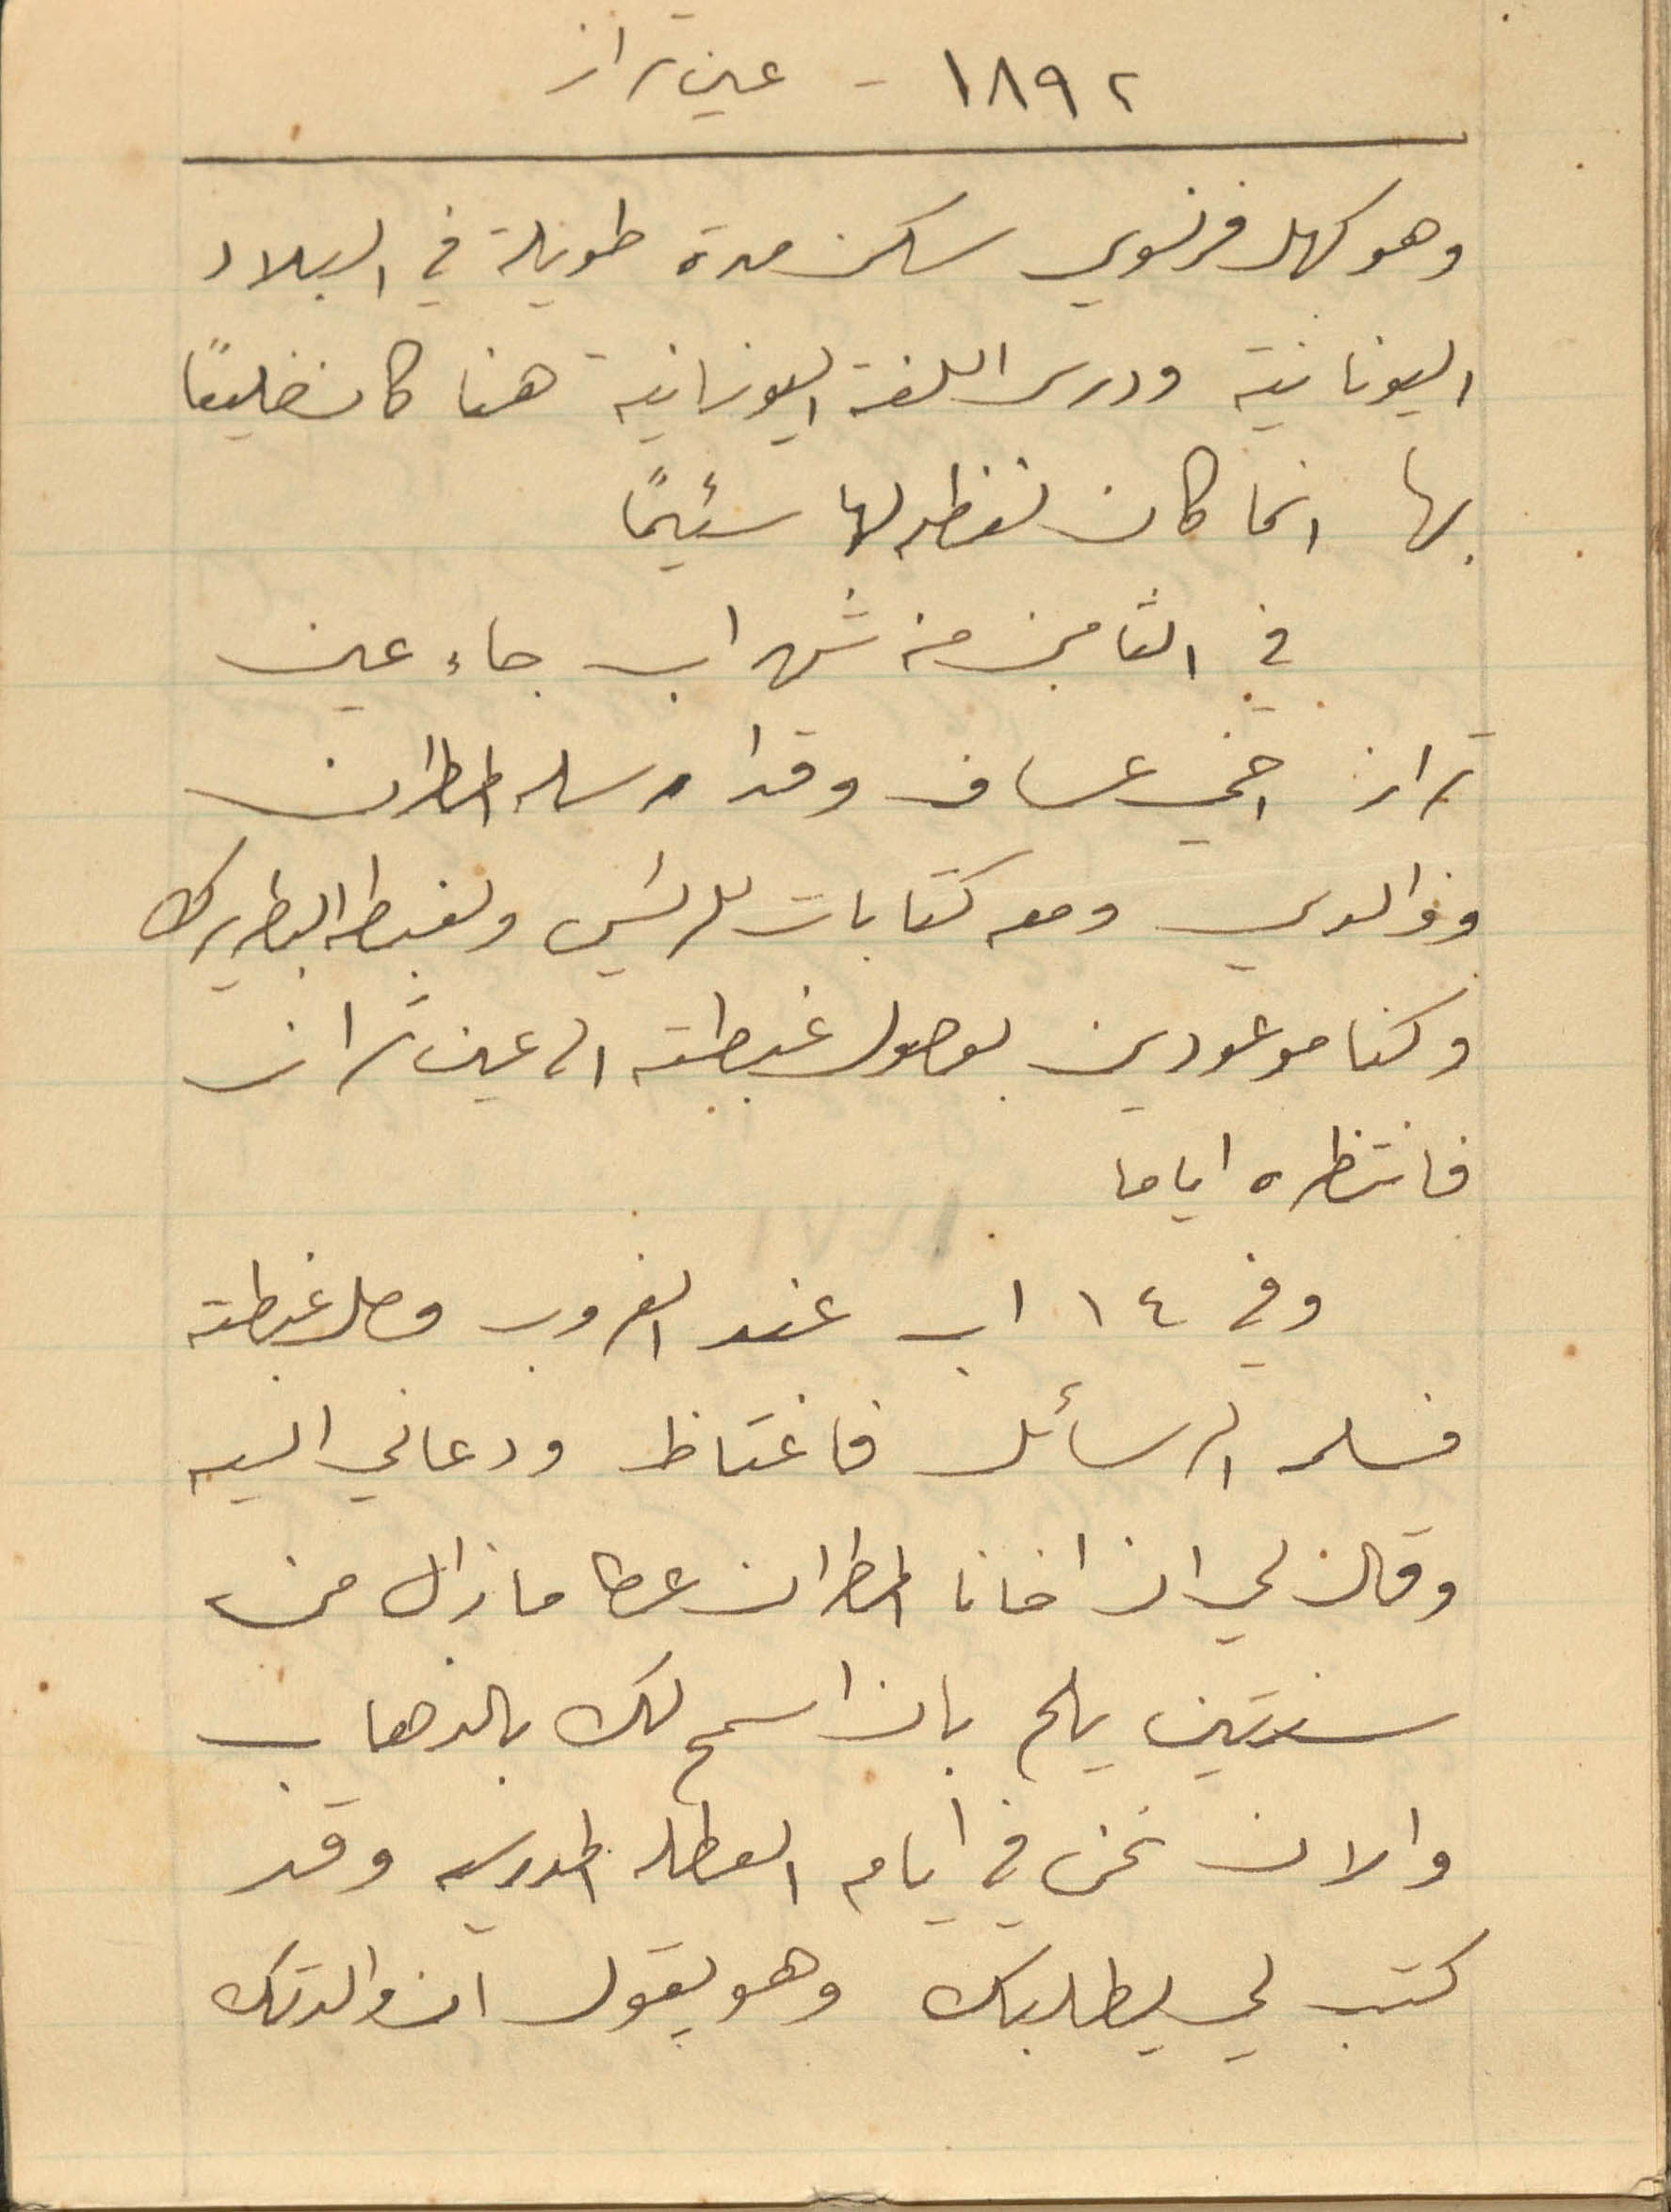
1892 - عين تراز
وهو كهل فرنسوي سكن مدة طويلة في البلاد
اليونانية ودرس اللغة اليونانية هنا كان ضليعاً
بها انما كان لفظه لها سئيماً
في الثامن من شهر اب جاء عين
تراز اخي عساف وقد ارسله المطران
ووالدي ومعه كتابات للرئيس ولغبطه البطريرك
وكنا موعودين بوصول غبطته الى عين تراز
فانتظره اياما
وفي 14 اب عند الغروب وصل غبطته
فسلمه الرسائل فاغتاظ ودعاني اليه
وقال لي ان اخانا المطران عطا ما زال من
سنتين يلح بان اسمح لك بالذهاب
والان نحن في ايام العطله المدرسيه وقد
كتب لي يطلبك وهو يقول ان والدتك